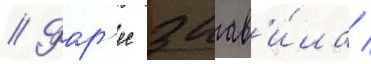
// Фар'ес заав'и́ла /